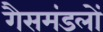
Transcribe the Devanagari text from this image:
गैसमंडलों